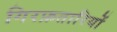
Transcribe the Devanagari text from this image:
गिरफ़तारियों